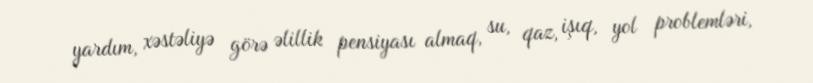
yardım, xəstəliyə görə əlillik pensiyası almaq, su, qaz, işıq, yol problemləri,